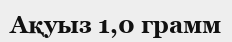
Ақуыз 1,0 грамм